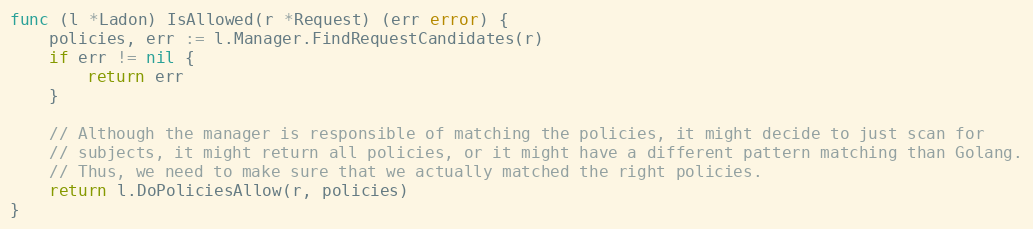
Language: Go
func (l *Ladon) IsAllowed(r *Request) (err error) {
	policies, err := l.Manager.FindRequestCandidates(r)
	if err != nil {
		return err
	}

	// Although the manager is responsible of matching the policies, it might decide to just scan for
	// subjects, it might return all policies, or it might have a different pattern matching than Golang.
	// Thus, we need to make sure that we actually matched the right policies.
	return l.DoPoliciesAllow(r, policies)
}